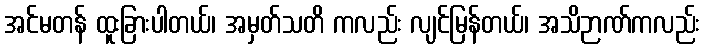
အင်မတန် ထူးခြားပါတယ်၊ အမှတ်သတိ ကလည်း လျင်မြန်တယ်၊ အသိဉာဏ်ကလည်း